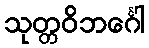
သုတ္တဝိဘင်္ဂေါ